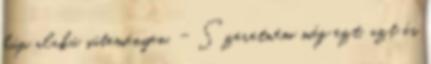
kúp alakú süteményen. - Szeretném még ezt, azt és